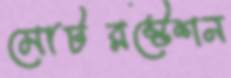
মোটরস্টেশন